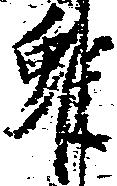
雖